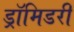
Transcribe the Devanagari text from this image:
ड्रॉमिडरी